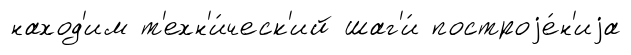
наход'им т'ехн'и́ческ'ий шаг'и́ построjе́н'иjа